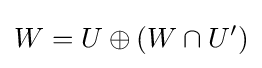
W=U\oplus (W\cap U')